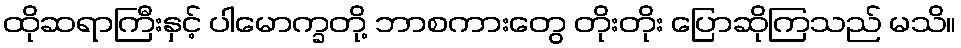
ထိုဆရာကြီးနှင့် ပါမောက္ခတို့ ဘာစကားတွေ တိုးတိုး ပြောဆိုကြသည် မသိ။